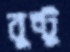
বুন্টু